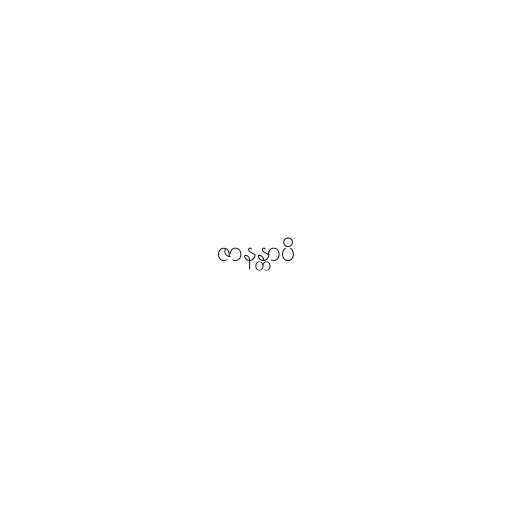
ဇာနန္တာပိ